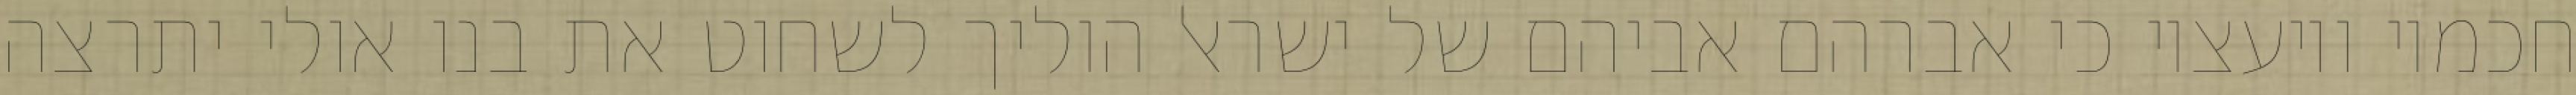
חכמיו ויועציו כי אברהם אביהם של ישראל הוליך לשחוט את בנו אולי יתרצה